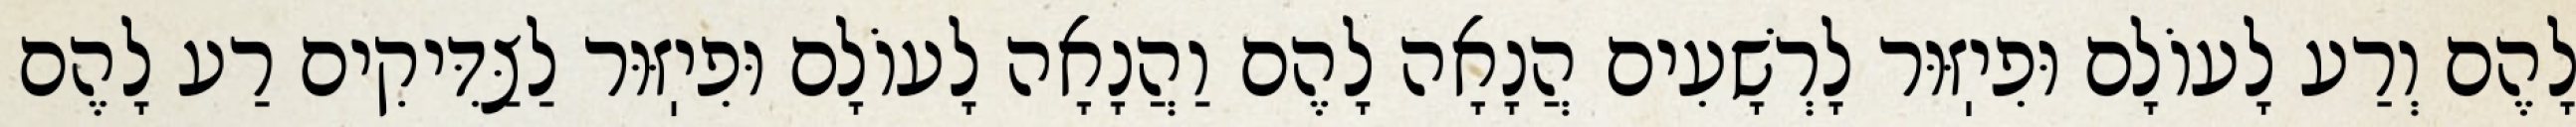
לָהֶם וְרַע לָעוֹלָם וּפִיֽזּוּר לָרְשָׁעִים הֲנָאָה לָהֶם וַהֲנָאָה לָעוֹלָם וּפִיֽזּוּר לַצַּדִּיקִים רַע לָהֶם